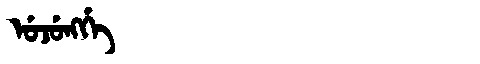
Manchu: ᡠᠵᡠᠩᡤᡝ
Romanization: UJUNGGE